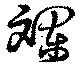
斕